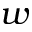
w